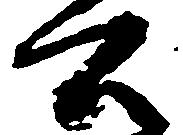
公